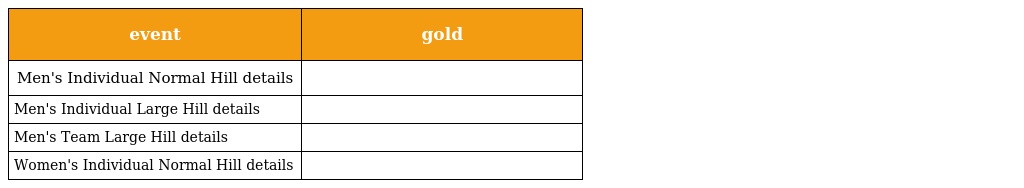
| event | gold |
 | --- | --- |
 | Men's Individual Normal Hill details |  |
 | Men's Individual Large Hill details |  |
 | Men's Team Large Hill details |  |
 | Women's Individual Normal Hill details |  |